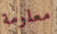
معلومة